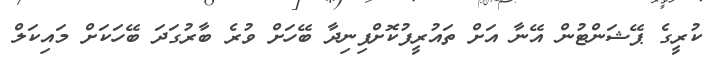
ކުރީގެ ޕޭޝަންޓުން އޭނާ އަށް ތައުރީފުކޮށްފިނިދާ ބޭހަށް ވުރެ ބާރުގަދަ ބޭހަކަށް މައިކަލް